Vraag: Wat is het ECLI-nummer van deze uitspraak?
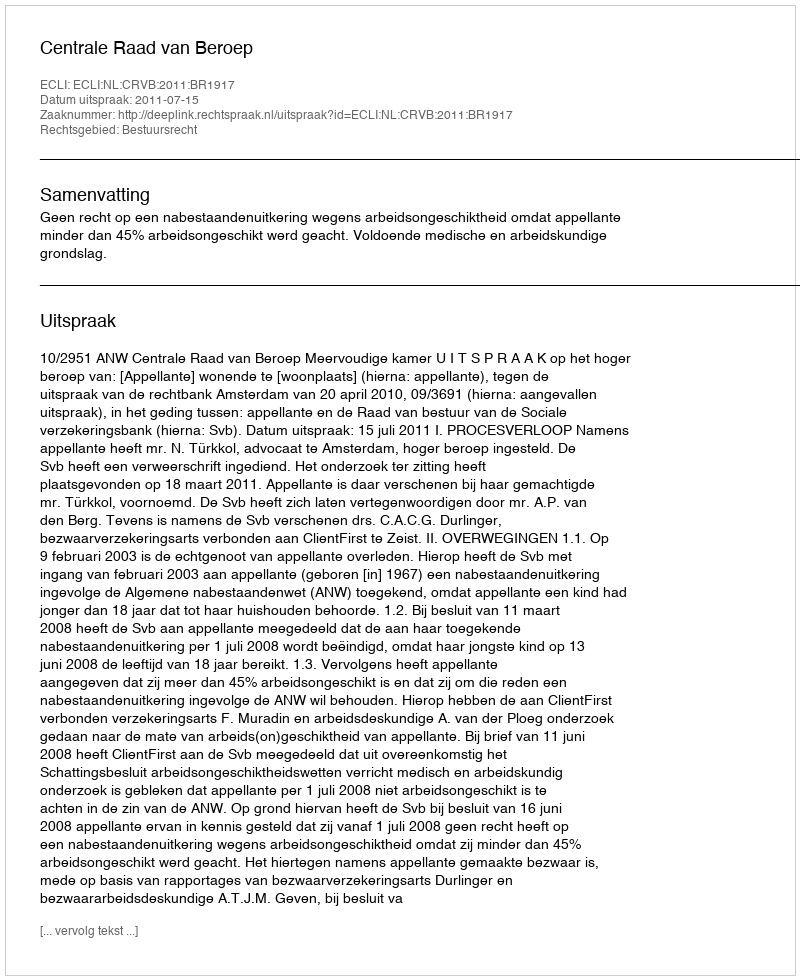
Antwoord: ECLI:NL:CRVB:2011:BR1917